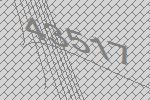
43517